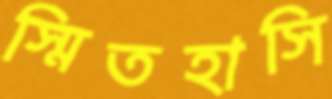
স্মিতহাসি